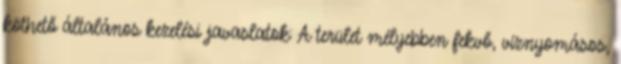
köthető általános kezelési javaslatok: A terület mélyebben fekvő, víznyomásos,